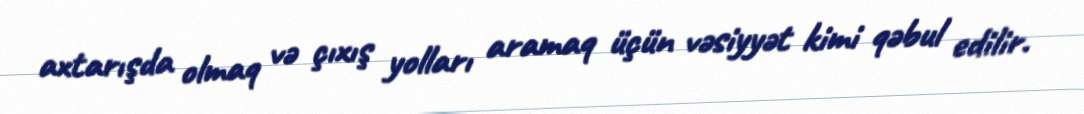
axtarışda olmaq və çıxış yolları aramaq üçün vəsiyyət kimi qəbul edilir.